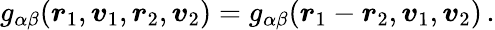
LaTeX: g_{\alpha\beta}(\boldsymbol{r}_{1},\boldsymbol{v}_{1},\boldsymbol{r}_{2},\boldsymbol{v}_{2})=g_{\alpha\beta}(\boldsymbol{r}_{1}-\boldsymbol{r}_{2},\boldsymbol{v}_{1},\boldsymbol{v}_{2})\, .